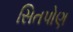
સિતપોણ